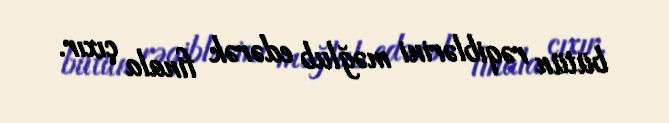
bütün rəqiblərini məğlub edərək finala çıxır.